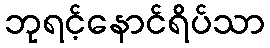
ဘုရင့်နောင်ရိပ်သာ